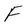
Character: F